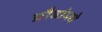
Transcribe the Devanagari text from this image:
प्रौढांमधे